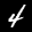
Label: 4